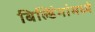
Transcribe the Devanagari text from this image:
बिल्डिंगांमध्ये